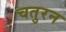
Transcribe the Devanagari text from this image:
चतुरन